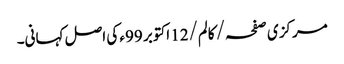
مرکزی صفحہ/ کالم/12 اکتوبر 99ء کی اصل کہانی۔